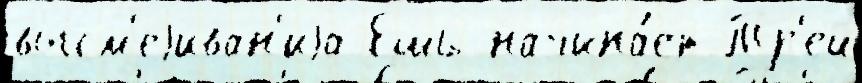
высм'еjиван'иjа Ешь начина́ет Тр'ей